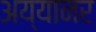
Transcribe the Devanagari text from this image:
अय्यानर